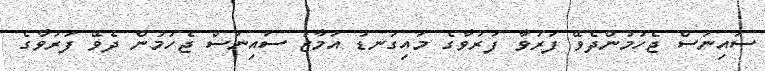
ސައިނަސް ޖެހުމުންދެވޭ ފަރުވާ ފަރުވާގެ މައިގަނޑު އަމާޒު ސައިނަސް ޖެހުމުން ދެވޭ ފަރުވާގެ